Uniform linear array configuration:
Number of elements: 4
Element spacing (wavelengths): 0.5
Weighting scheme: binomial
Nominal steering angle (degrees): -30
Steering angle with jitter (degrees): -31.067
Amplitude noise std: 0.05
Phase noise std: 0.05

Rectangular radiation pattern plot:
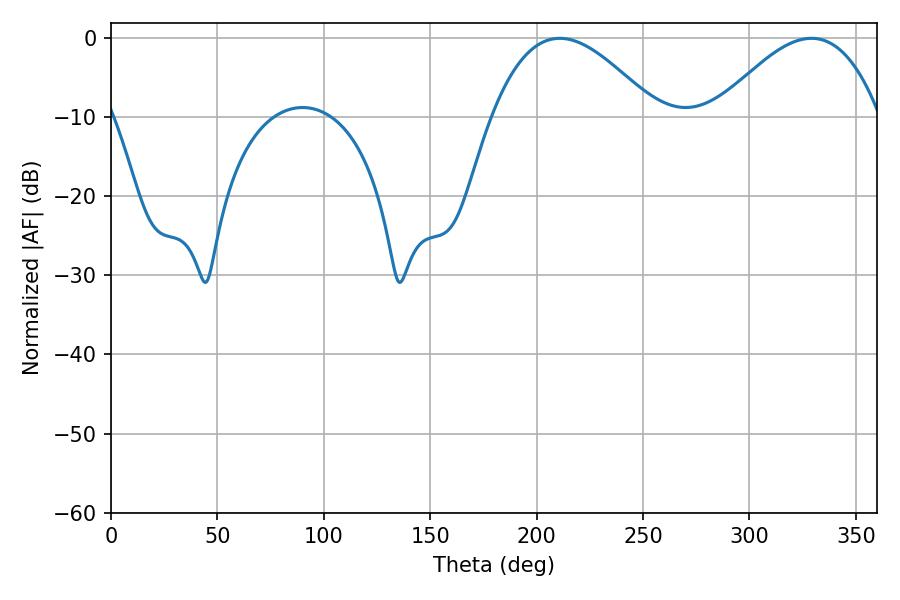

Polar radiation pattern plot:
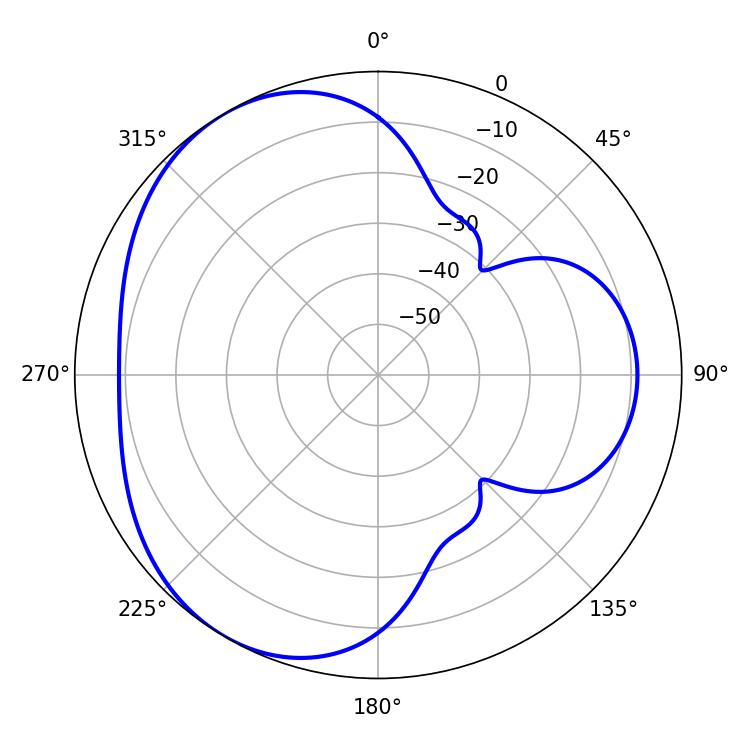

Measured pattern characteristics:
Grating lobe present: FALSE
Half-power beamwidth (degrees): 41.94
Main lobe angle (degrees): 210.78